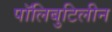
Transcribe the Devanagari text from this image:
पॉलिबुटिलीन